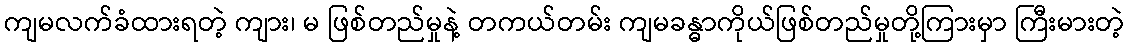
ကျမလက်ခံထားရတဲ့ ကျား၊ မ ဖြစ်တည်မှုနဲ့ တကယ်တမ်း ကျမခန္ဓာကိုယ်ဖြစ်တည်မှုတို့ကြားမှာ ကြီးမားတဲ့